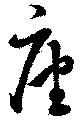
座